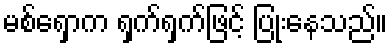
မစ်ရှောက ရှက်ရှက်ဖြင့် ပြုံးနေသည်။